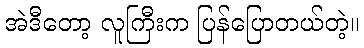
အဲဒီတော့ လူကြီးက ပြန်ပြောတယ်တဲ့။